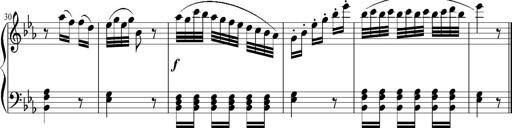
Title: 12 Sonatinas for Piano
Composer: Johann Baptist Vanhal